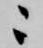
ニ